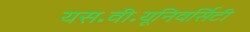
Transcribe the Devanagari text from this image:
यस॰वी॰यूनिवर्सिटी